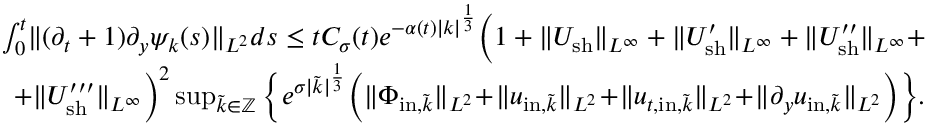
\begin{array} { r } { \int _ { 0 } ^ { t } \! \| ( \partial _ { t } + 1 ) \partial _ { y } \psi _ { k } ( s ) \| _ { L ^ { 2 } } d s \leq t C _ { \sigma } ( t ) e ^ { - \alpha ( t ) | k | ^ { \frac { 1 } { 3 } } } \Big ( 1 + \| U _ { \mathrm { s h } } \| _ { L ^ { \infty } } + \| U _ { \mathrm { s h } } ^ { \prime } \| _ { L ^ { \infty } } + \| U _ { \mathrm { s h } } ^ { \prime \prime } \| _ { L ^ { \infty } } + } \\ { + \| U _ { \mathrm { s h } } ^ { \prime \prime \prime } \| _ { L ^ { \infty } } \Big ) ^ { 2 } \operatorname* { s u p } _ { \tilde { k } \in \mathbb Z } \Big \{ e ^ { \sigma | \tilde { k } | ^ { \frac { 1 } { 3 } } } \Big ( \| \Phi _ { \mathrm { i n } , \tilde { k } } \| _ { L ^ { 2 } } \! + \! \| u _ { \mathrm { i n } , \tilde { k } } \| _ { L ^ { 2 } } \! + \! \| u _ { t , \mathrm { i n } , \tilde { k } } \| _ { L ^ { 2 } } \! + \! \| \partial _ { y } u _ { \mathrm { i n } , \tilde { k } } \| _ { L ^ { 2 } } \Big ) \Big \} . } \end{array}